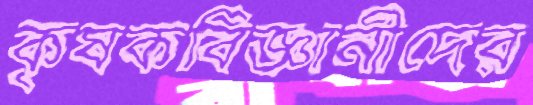
কৃষকবিজ্ঞানীদের